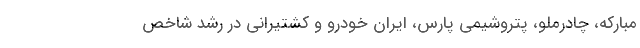
مبارکه، چادرملو، پتروشیمی پارس، ایران خودرو و کشتیرانی در رشد شاخص